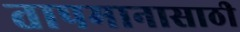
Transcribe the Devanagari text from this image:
तापमानासाठी